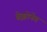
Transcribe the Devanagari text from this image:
ब्रेझोनेग